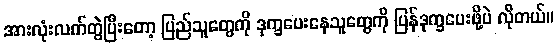
အားလုံးလက်တွဲပြီးတော့ ပြည်သူတွေကို ဒုက္ခပေးနေသူတွေကို ပြန်ဒုက္ခပေးဖို့ပဲ လိုတယ်။